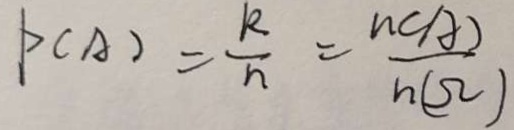
P ( A ) = \frac { k } { n } = \frac { n ( A ) } { n ( \Omega ) }